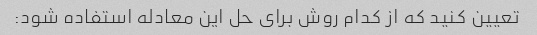
تعیین کنید که از کدام روش برای حل این معادله استفاده شود: